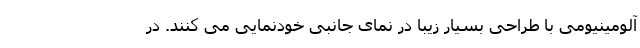
آلومینیومی با طراحی بسیار زیبا در نمای جانبی خودنمایی می کنند. در